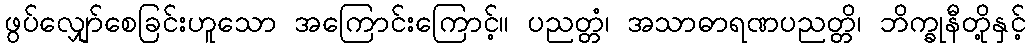
ဖွပ်လျှော်စေခြင်းဟူသော အကြောင်းကြောင့်။ ပညတ္တံ၊ အသာဓာရဏပညတ္တိ၊ ဘိက္ခုနီတို့နှင့်